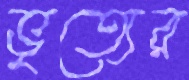
ভৃত্যের